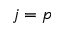
j = p